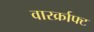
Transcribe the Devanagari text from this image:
वारर्क्राफ्ट